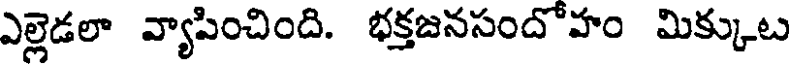
ఎల్లెడలా వ్యాపించింది. భక్తజనసందోహం మిక్కుట